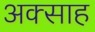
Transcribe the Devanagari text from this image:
अक्साह